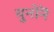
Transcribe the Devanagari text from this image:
युनोनॆ